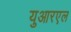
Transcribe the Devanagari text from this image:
युआरएल